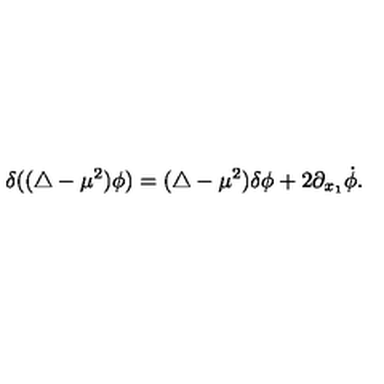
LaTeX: \delta ( ( \triangle - \mu ^ { 2 } ) \phi ) = ( \triangle - \mu ^ { 2 } ) \delta \phi + 2 \partial _ { x _ { 1 } } \dot { \phi } .